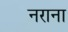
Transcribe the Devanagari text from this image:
नराना